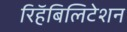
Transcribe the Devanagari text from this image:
रिहॅबिलिटेशन